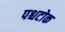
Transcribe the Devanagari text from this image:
पश्चटोक